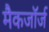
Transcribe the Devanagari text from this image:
मैकजॉर्ज